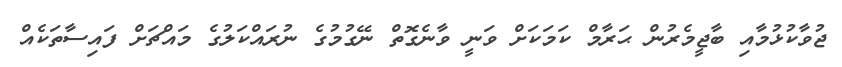
ޖުވާކުޅުމާއި ބާޖީމެރުން ޙަރާމް ކަމަކަށް ވަނީ ވާނެގޮތް ނޭގުމުގެ ނުރައްކަލުގެ މައްޗަށް ފައިސާތަކެއް